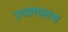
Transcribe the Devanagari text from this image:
उथलपलथ